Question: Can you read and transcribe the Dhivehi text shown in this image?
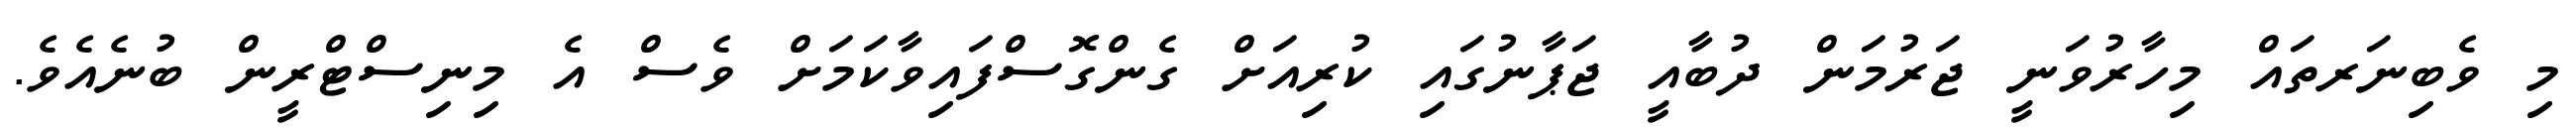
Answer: މި ވެބިނަރތައް މިހާރުވަނީ ޖަރުމަން ދުބާއީ ޖަޕާނުގައި ކުރިއަށް ގެންގޮސްފައިވާކަމަށް ވެސް އެ މިނިސްޓްރީން ބުނެއެވެ.